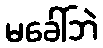
မခေါ်ဘဲ